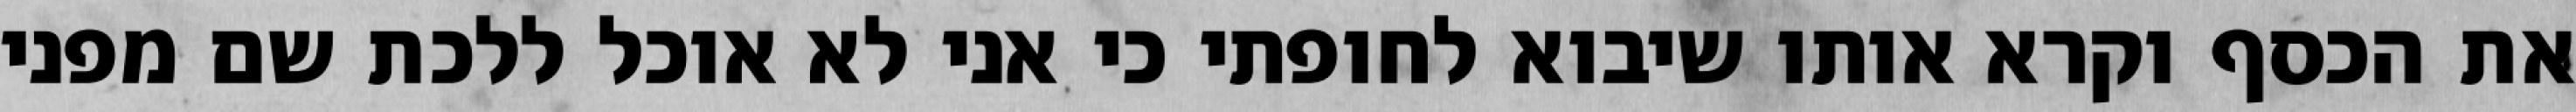
את הכסף וקרא אותו שיבוא לחופתי כי אני לא אוכל ללכת שם מפני